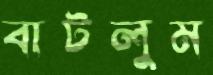
বাটলুম